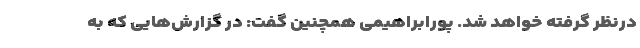
درنظر گرفته خواهد شد. پورابراهیمی همچنین گفت: ‌در گزارش‌هایی که به